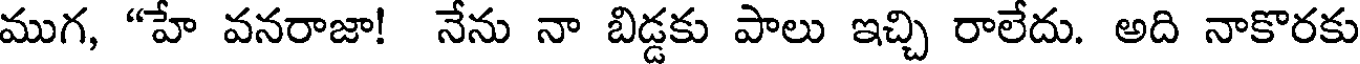
ముగ, "హే వనరాజా! నేను నా బిడ్డకు పాలు ఇచ్చి రాలేదు. అది నాకొరకు